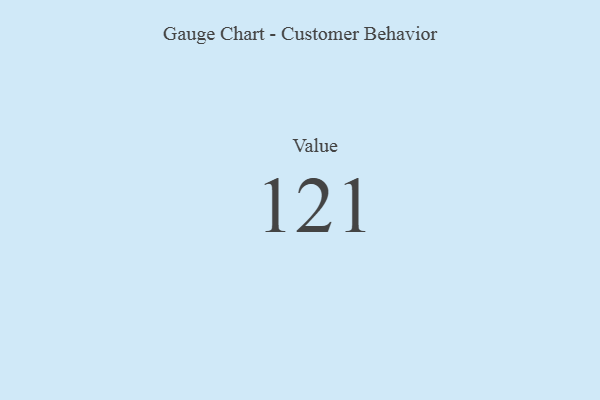
{"axis": {"x": "Metric", "y": "Value"}, "legend": [""], "data": [{"x": "Value", "y": 121, "type": ""}]}